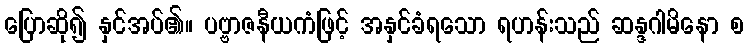
ပြောဆို၍ နှင်အပ်၏။ ပဗ္ဗာဇနီယကံဖြင့် အနှင်ခံရသော ရဟန်းသည် ဆန္ဒဂါမိနော စ